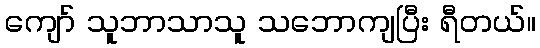
ကျော် သူဘာသာသူ သဘောကျပြီး ရီတယ်။